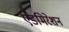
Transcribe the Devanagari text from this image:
एडमिरेशन